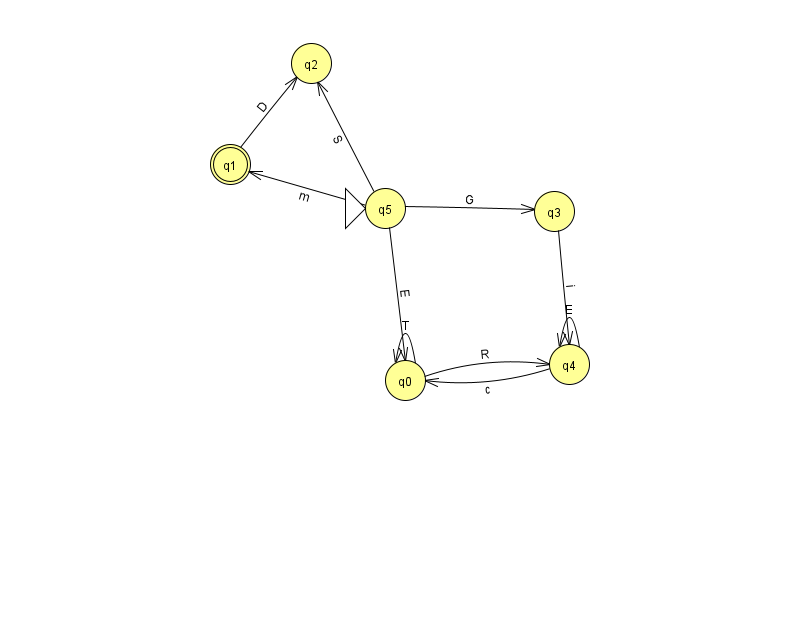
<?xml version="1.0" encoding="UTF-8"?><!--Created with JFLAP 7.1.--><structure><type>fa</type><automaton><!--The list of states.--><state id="0" name="q0"><x>405.0</x><y>367.0</y></state><state id="1" name="q1"><x>230.0</x><y>151.0</y><final/></state><state id="2" name="q2"><x>311.0</x><y>50.0</y></state><state id="3" name="q3"><x>554.0</x><y>198.0</y></state><state id="4" name="q4"><x>569.0</x><y>351.0</y></state><state id="5" name="q5"><x>385.0</x><y>195.0</y><initial/></state><!--The list of transitions.--><transition><from>5</from><to>2</to><read>S</read></transition><transition><from>1</from><to>2</to><read>D</read></transition><transition><from>0</from><to>0</to><read>T</read></transition><transition><from>4</from><to>4</to><read>E</read></transition><transition><from>3</from><to>4</to><read>i</read></transition><transition><from>4</from><to>0</to><read>c</read></transition><transition><from>0</from><to>4</to><read>R</read></transition><transition><from>5</from><to>1</to><read>m</read></transition><transition><from>5</from><to>3</to><read>G</read></transition><transition><from>5</from><to>0</to><read>E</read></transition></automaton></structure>